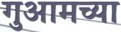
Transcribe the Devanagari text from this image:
गुआमच्या